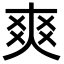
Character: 爽